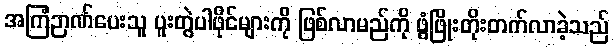
အကြံဉာဏ်ပေးသူ ပူးတွဲပါဖိုင်များကို ဖြစ်လာမည်ကို ဖွံဖြိုးတိုးတက်လာခဲ့သည်